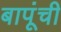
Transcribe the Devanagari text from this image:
बापूंची